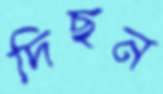
দিছন